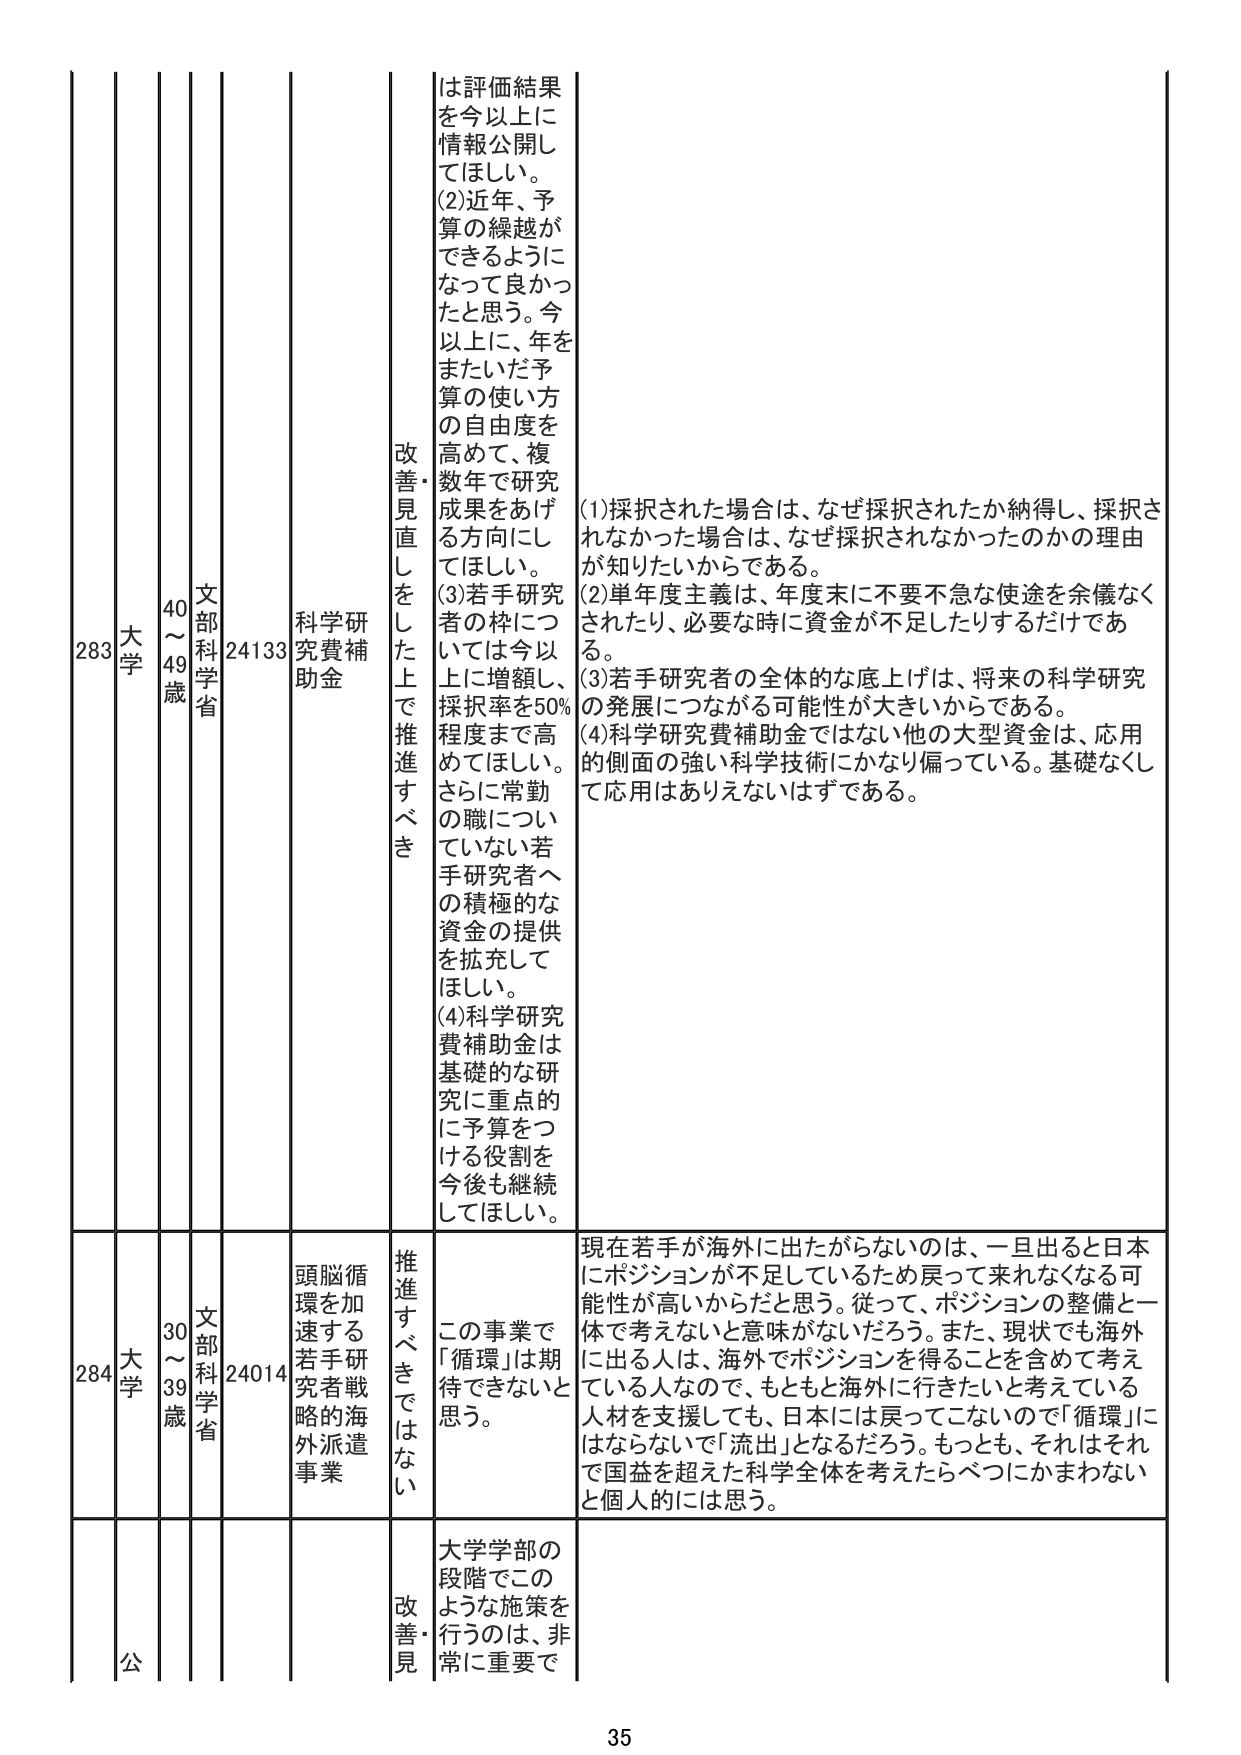
283 大学 40～49歳 文部科学省 24133 科学研究費補助金 改善・見直しをした上で推進すべき は評価結果を今以上に情報公開してほしい。 (2)近年、予算の繰越ができるようになって良かったと思う。今以上に、年をまたいだ予算の使い方の自由度を高めて、複数年で研究成果をあげる方向にしてほしい。 (3)若手研究者の枠については今以上に増額し、採択率を50%程度まで高めてほしい。さらに常勤の職についていない若手研究者への積極的な資金の提供を拡充してほしい。 (4)科学研究費補助金は基礎的な研究に重点的に予算をつける役割を今後も継続してほしい。 (1)採択された場合は、なぜ採択されたか納得し、採択されなかった場合は、なぜ採択されなかったのかの理由が知りたいからである。 (2)単年度主義は、年度末に不要不急な使途を余儀なくされたり、必要な時に資金が不足したりするだけである。 (3)若手研究者の全体的な底上げは、将来の科学研究の発展につながる可能性が大きいからである。 (4)科学研究費補助金ではない他の大型資金は、応用的側面の強い科学技術にかなり偏っている。基礎なくして応用はありえないはずである。

284 大学 30～39歳 文部科学省 24014 頭脳循環を加速する若手研究者戦略的海外派遣事業 推進すべきではない この事業で「循環」は期待できないと思う。 現在若手が海外に出たがらないのは、一旦出ると日本にポジションが不足しているため戻って来れなくなる可能性が高いからだと思う。従って、ポジションの整備と一体で考えないと意味がないだろう。また、現状でも海外に出る人は、海外でポジションを得ることを含めて考えている人なので、もともと海外に行きたいと考えている人材を支援しても、日本には戻ってこないので「循環」にはならないで「流出」となるだろう。もっとも、それはそれで国益を超えた科学全体を考えたらべつにかまわないと個人的には思う。

公 改善・見 大学学部の段階でこのような施策を行うのは、非常に重要で

35